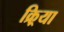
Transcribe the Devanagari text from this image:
क्र्रिया